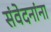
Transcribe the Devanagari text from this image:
संवेदनांना